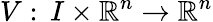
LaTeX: V:\, I\times\mathbb{R}^{n}\to\mathbb{R}^{n}